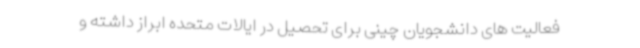
فعالیت های دانشجویان چینی برای تحصیل در ایالات متحده ابراز داشته و